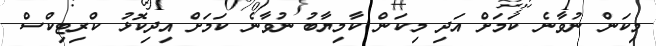
މިކަން ނުވާނެ ކަމަށް އަދި މިކަން ކާމިޔާބު ނުވާނެ ކަމަށް އިދިކޮޅު ކްރިޓިކްސް